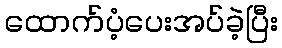
ထောက်ပံ့ပေးအပ်ခဲ့ပြီး